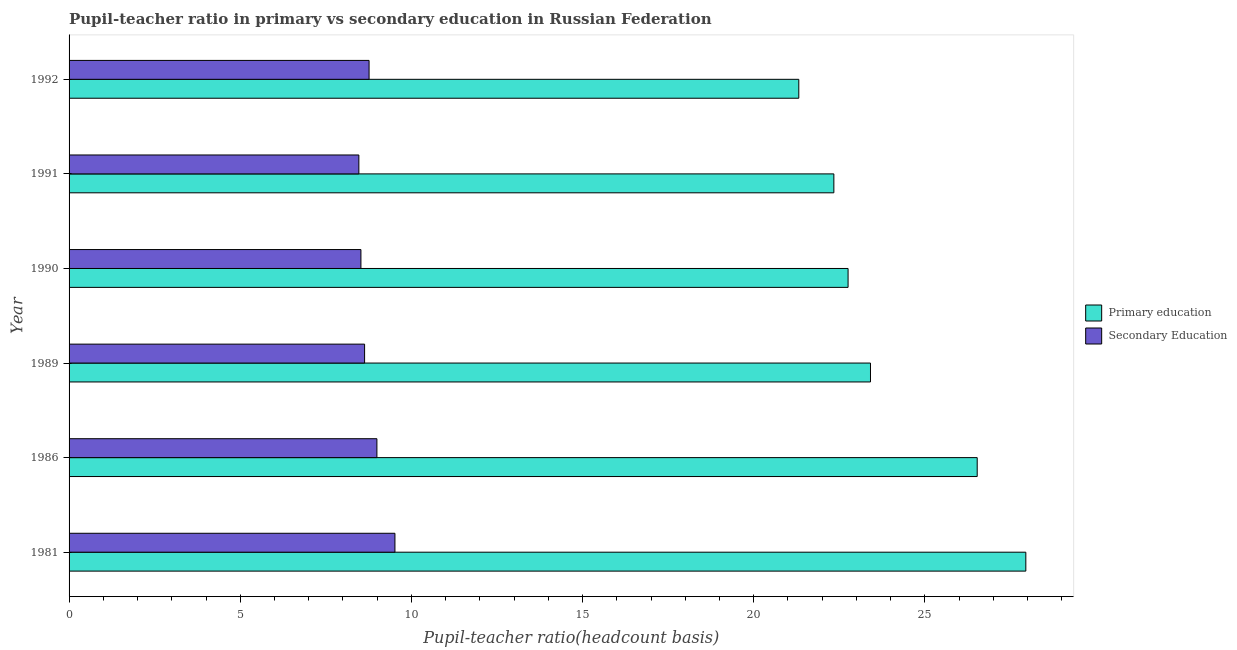
| Year | Primary education | Secondary Education |
 | --- | --- | --- |
 | 1981 | 27.9 | 9.52 |
 | 1986 | 26.5 | 8.99 |
 | 1989 | 23.4 | 8.63 |
 | 1990 | 22.8 | 8.53 |
 | 1991 | 22.3 | 8.47 |
 | 1992 | 21.3 | 8.76 |